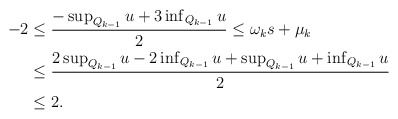
\begin{align*} \begin{aligned} -2&\leq\frac{-\sup_{Q_{k-1}}u+3\inf_{Q_{k-1}}u}{2}\leq \omega_k s+\mu_k\\ &\leq \frac{2\sup_{Q_{k-1}}u-2\inf_{Q_{k-1}}u+\sup_{Q_{k-1}}u+\inf_{Q_{k-1}}u}{2}\\ &\leq 2. \end{aligned} \end{align*}